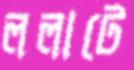
ললাটে